Senior Leaving Certificate Examination (including Day School Certificate (Higher) General paper), 1950
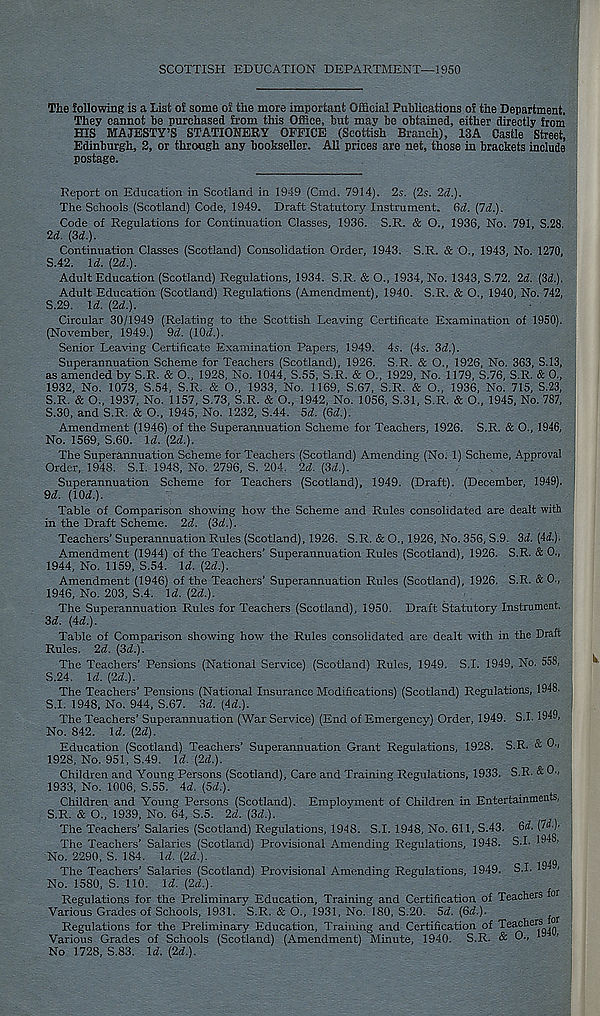
SCOTTISH EDUCATION DEPARTMENT—1950
The following is a List of some of the more important Official Publications of the Department.
They cannot be purchased from this Office, but may be obtained, either directly from
HIS MAJESTY’S STATIONERY OFFICE (Scottish Branch), 13A Castle Street,
Edinburgh, 2, or through any bookseller. All prices are net, those in brackets include
postage.
Report on Education in Scotland in 1949 (Cmd. 7914). 2s. (2s. 2d.).
The Schools (Scotland) Code, 1949. Draft Statutory Instrument. Sd. {Id.).
Code of Regulations for Continuation Classes, 1936. S.R. & O., 1936, No. 791, S.28.
2d. {3d.).
Continuation Classes (Scotland) Consolidation Order, 1943. S.R. & O., 1943, No. 1270,
S.42. Id. {2d.).
Adult Education (Scotland) Regulations, 1934. S.R. & O., 1934, No. 1343, S.72. 2d. {3d.).
Adult Education (Scotland) Regulations (Amendment), 1940. S.R. & O., 1940, No. 742,
5.29. Id. {2d.).
Circular 30/1949 (Relating to the Scottish Leaving Certificate Examination of 1950).
(November, 1949.) 9d. {I0d.).
Senior Leaving Certificate Examination Papers, 1949. 4s. (4s. 3d.).
Superannuation Scheme for Teachers (Scotland), 1926. S.R. & O., 1926, No. 363, S.13,
as amended by S.R. & O., 1928, No. 1044, S.55, S.R. & O., 1929, No. 1179, S.76, S.R. & 0.,
1932, No. 1073, S.54, S.R. & O., 1933, No. 1169, S.67, S.R. & O., 1936, No. 715, S.23,
S.R. & O., 1937, No. 1157, 5.73, S.R. & O., 1942, No. 1056, S.31, S.R. & O., 1945, No. 787,
5.30, and S.R. & O., 1945, No. 1232, S.44. 5d. {6d.).
Amendment (1946) of the Superannuation Scheme for Teachers, 1926. S.R. & O., 1946,
No. 1569, S.60. Id. (2d.).
The Superannuation Scheme for Teachers (Scotland) Amending (No. 1) Scheme, Approval
Order, 1948. S.I. 1948, No. 2796, S. 204. 2d. (3d.).
Superannuation Scheme for Teachers (Scotland), 1949. (Draft). (December, 1949).
9d. (10d.).
Table of Comparison showing how the Scheme and Rules consolidated are dealt with
in the Draft Scheme. 2d. (3d.).
Teachers’ Superannuation Rules (Scotland), 1926. S.R. & O., 1926, No. 356, S.9. 3d. (4d.).
Amendment (1944) of the Teachers’ Superannuation Rules (Scotland), 1926. S.R. & 0.,
1944, No. 1159, S.54. Id. (2d.).
Amendment (1946) of the Teachers’ Superannuation Rules (Scotland), 1926. S.R. & 0.,
1946, No. 203, S.4. Id. (2d.).
The Superannuation Rules for Teachers (Scotland), 1950. Draft Statutory Instrument.
3d. (4d.).
Table of Comparison showing how the Rules consolidated are dealt with in the Draft
Rules. 2d. (3d.).
The Teachers’ Pensions (National Service) (Scotland) Rules, 1949. S.I. 1949, No. 558,
S.24. Id. (2d.).
The Teachers’ Pensions (National Insurance Modifications) (Scotland) Regulations, 1948.
S.I. 1948, No. 944, S.67. 3d. (4d.).
The Teachers’ Superannuation (War Service) (End of Emergency) Order, 1949. S.I. 1949,
No. 842. \d. (2d).
Education (Scotland) Teachers’ Superannuation Grant Regulations, 1928. S.R. & O''
1928, No. 951, S.49. \d. (2d.).
Children and Young Persons (Scotland), Care and Training Regulations, 1933. S.R. &
1933, No. 1006, S.55. 4d. (3d.).
Children and Young Persons (Scotland). Employment of Children in Entertainments,
S.R. & O., 1939, No. 64, S.5. 2d. (3d.).
The Teachers’ Salaries (Scotland) Regulations, 1948. S.I. 1948, No. 611, S.43. 3d. (7d.)-
The Teachers’ Salaries (Scotland) Provisional Amending Regulations, 1948. S.I. 1948,
No. 2290, S. 184. Id. (2d.).
The Teachers’ Salaries (Scotland) Provisional Amending Regulations, 1949. S.I. 1“ >
No. 1580, S. 110. Id. (2d.).
Regulations for the Preliminary Education, Training and Certification of Teachers iot
Various Grades of Schools, 1931. S.R. & O., 1931, No. 180, S.20. 5d. (6d.).
^
Regulations for the Preliminary Education, Training and Certification of
Various Grades of Schools (Scotland) (Amendment) Minute, 1940. S.R. & O., 1
No 1728, S.83. Id. (2d.).